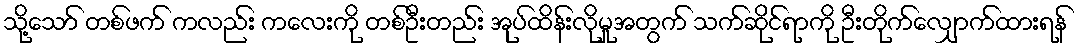
သို့သော် တစ်ဖက် ကလည်း ကလေးကို တစ်ဦးတည်း အုပ်ထိန်းလိုမှုအတွက် သက်ဆိုင်ရာကို ဦးတိုက်လျှောက်ထားရန်